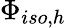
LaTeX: \Phi_{iso,h}